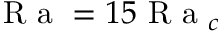
\mathrm { ~ R ~ a ~ } = 1 5 \mathrm { ~ R ~ a ~ } _ { c }